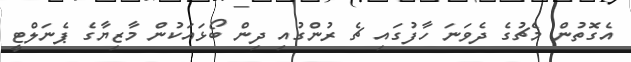
އެގޮތުން މެޗުގެ ދެވަނަ ހާފުގައި ޗެ ރުންގުއި ދިން ބޯޅައަކުން މާޒިޔާގެ ޕެނަލްޓީ